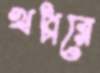
খপ্পরে